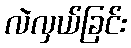
လဲလှယ်ခြင်း